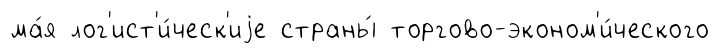
ма́я лог'ист'и́ческ'иjе страны́ торгово-эконом'и́ческого